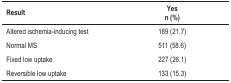
<table><thead><tr><td><b>Result</b></td><td><b>Yes n (%)</b></td></tr></thead><tbody><tr><td>Altered ischemia-inducing test</td><td>189 (21.7)</td></tr><tr><td>Normal MS</td><td>511 (58.6)</td></tr><tr><td>Fixed low uptake</td><td>227 (26.1)</td></tr><tr><td>Reversible low uptake</td><td>133 (15.3)</td></tr></tbody></table>